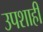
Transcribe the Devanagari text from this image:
उपशाही